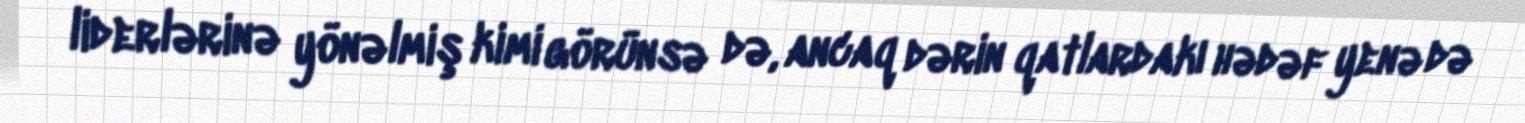
liderlərinə yönəlmiş kimi görünsə də, ancaq dərin qatlardakı hədəf yenə də